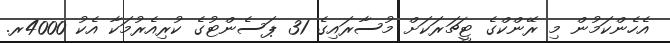
އެހެންކަމުން މި ރޭންކްގެ ޓީޗަރަކަށް މުސާރައިގެ 31 ޕަސެންޓުގެ ކުރިއެރުމަކާ އެކު 4000ރ.